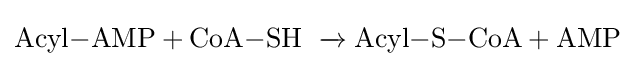
\mathrm {Acyl{-}AMP+CoA{-}SH\ \xrightarrow {\ } Acyl{-S-}CoA+AMP}